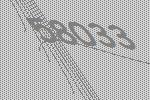
58033